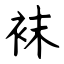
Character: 袜